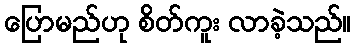
ပြောမည်ဟု စိတ်ကူး လာခဲ့သည်။